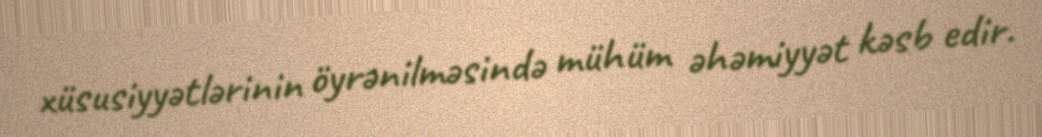
xüsusiyyətlərinin öyrənilməsində mühüm əhəmiyyət kəsb edir.